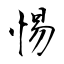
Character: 惕